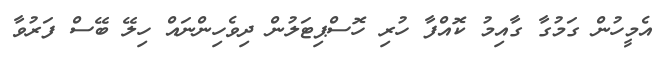
އެމީހުން ގަމުގާ ގާއިމު ކޮއްފާ ހުރި ހޮސްޕިޓަލުން ދިވެހިންނައް ހިލޭ ބޭސް ފަރުވާ